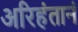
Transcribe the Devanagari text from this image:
अरिहंतानं